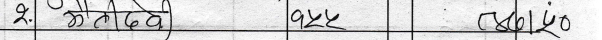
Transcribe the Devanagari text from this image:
२. सोमदेव १२५ ९७०